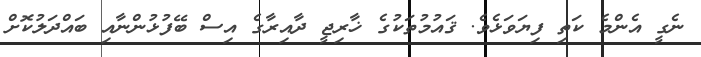
ނެގީ އެންމެ ކަތި ފިޔަވަޅެވެ. ޤައުމުތަކުގެ ޚާރިޖީ ދާއިރާގެ އިސް ބޭފުޅުންނާއި ބައްދަލުކޮށް